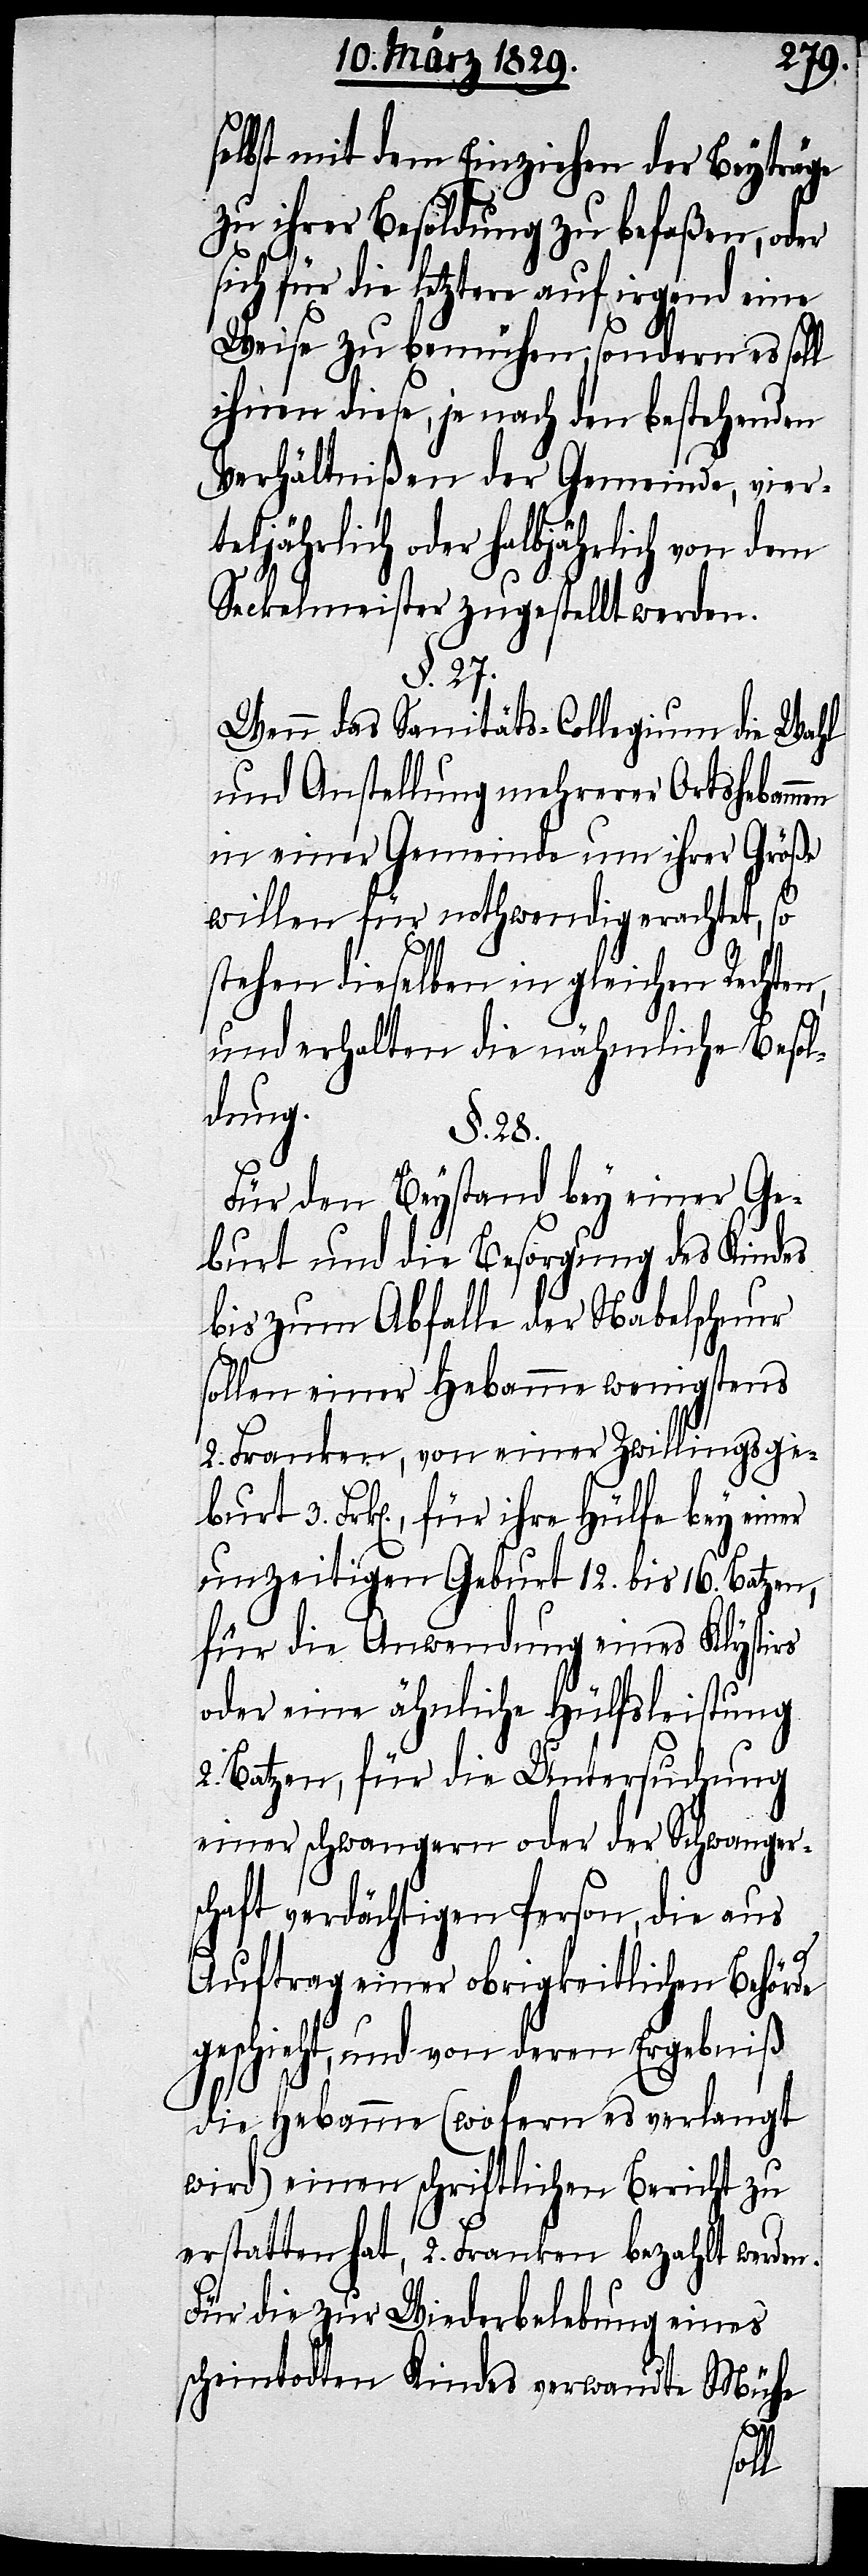
selbst mit dem Einziehen der Beyträge
zu ihrer Besoldung zu befaßen, oder
ich für die letztere auf irgend eine
Weise zu bemühen; sondern es soll
ihnen diese, je nach den bestehenden
Verhältnißen der Gemeinde, vier¬
teljährlich oder halbjährlich von dem
Seckelmeister zugestellt werden.
§. 27.
3.
Wenn das Sanitäts-Collegium die Wahl
und Anstellung mehrerer Ortshebammen
in einer Gemeinde um ihrer Größe
willen für nothwendig erachtet, so
stehen dieselben in gleichen Rechten,
und erhalten die nähmliche Besol¬
dung.
§. 28.
Für den Beystand bey einer Ge¬
burt und die Besorgung des Kindes
bis zum Abfalle der Nabelschnur
sollen einer Hebamme wenigstens
2. Franken, von einer Zwillingsge¬
Frk[en]., für ihre Hülfe bey einer
unzeitigen Geburt 12. bis 16. Batzen,
für die Anwendung eines Klystirs
oder eine ähnliche Hülfsleistung
2. Batzen, für die Untersuchung
einer schwangern oder der Schwanger¬
schaft verdächtigten Person, die aus
Auftrag einer obrigkeitlichen Behörde
geschieht, und von deren Ergebniß
die Hebamme (wofern es verlangt
wird) einen schriftlichen Bericht zu
erstattet hat, 2. Franken bezahlt werden.
Für die zur Wiederbelebung eines
scheintodten Kindes verwandte Mühe
burt